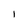
Character: l